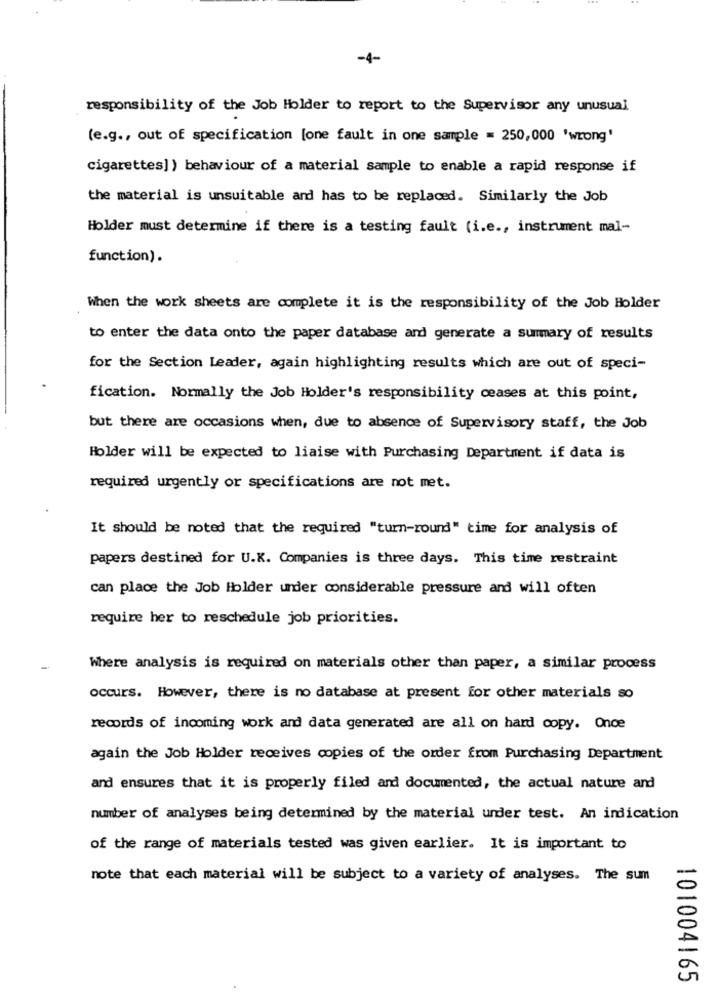
-4-
responsibility of the Job Holder to report to the Supervisor any unusual
(e.g ., out of specification [one fault in one sample = 250,000 'wrong'
cigarettes]) behaviour of a material sample to enable a rapid response if
the material is unsuitable and has to be replaced. Similarly the Job
Holder must determine if there is a testing fault (i.e ., instrument mal-
function).
When the work sheets are complete it is the responsibility of the Job Holder
to enter the data onto the paper database and generate a summary of results
for the Section Leader, again highlighting results which are out of speci-
fication. Normally the Job Holder's responsibility ceases at this point,
but there are occasions when, due to absence of Supervisory staff, the Job
Holder will be expected to liaise with Purchasing Department if data is
required urgently or specifications are not met.
It should be noted that the required "turn-round" time for analysis of
papers destined for U.K. Companies is three days. This time restraint
can place the Job Holder under considerable pressure and will often
require her to reschedule job priorities.
Where analysis is required on materials other than paper, a similar process
occurs. However, there is no database at present for other materials so
records of incoming work and data generated are all on hand copy. Once
again the Job Holder receives copies of the order from Purchasing Department
and ensures that it is properly filed and documented, the actual nature and
number of analyses being determined by the material under test. An indication
of the range of materials tested was given earlier. It is important to
note that each material will be subject to a variety of analyses. The sum
101004165